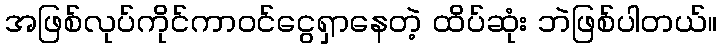
အဖြစ်လုပ်ကိုင်ကာဝင်ငွေရှာနေတဲ့ ထိပ်ဆုံး ဘဲဖြစ်ပါတယ်။